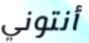
أنتوني